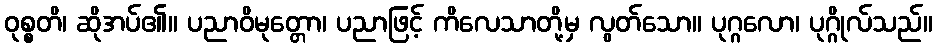
ဝုစ္စတိ၊ ဆိုအပ်၏။ ပညာဝိမုတ္တော၊ ပညာဖြင့် ကိလေသာတို့မှ လွတ်သော။ ပုဂ္ဂလော၊ ပုဂ္ဂိုလ်သည်။